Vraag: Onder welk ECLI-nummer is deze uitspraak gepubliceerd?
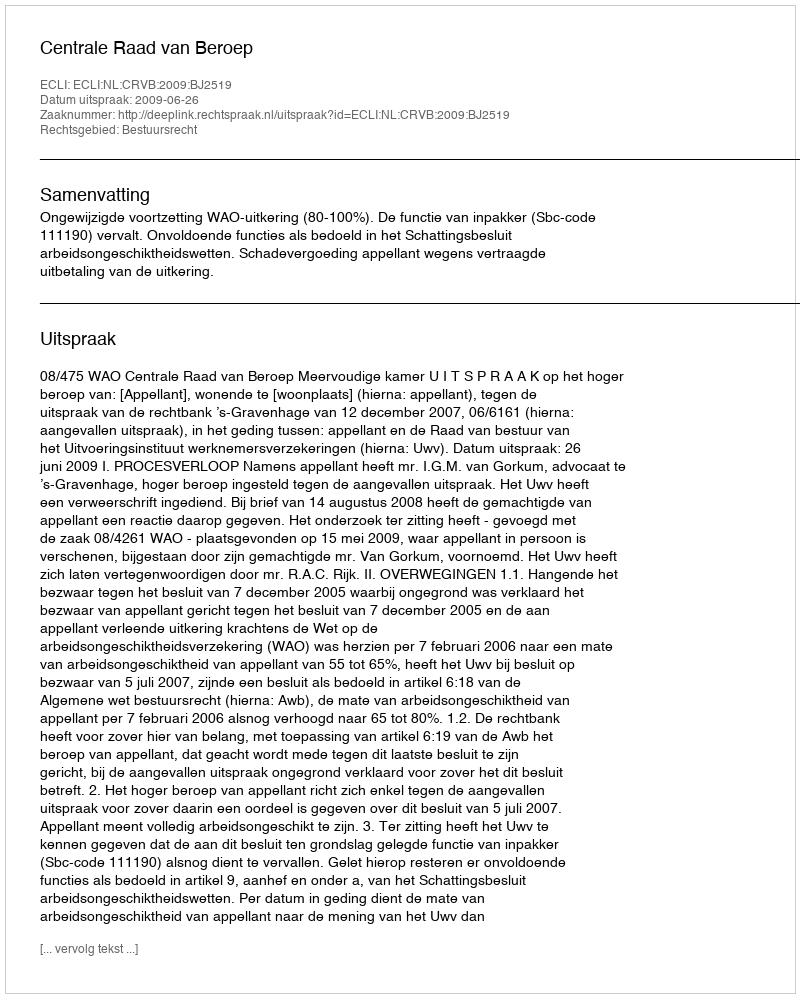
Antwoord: ECLI:NL:CRVB:2009:BJ2519